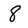
Character: 8